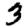
Digit: 3